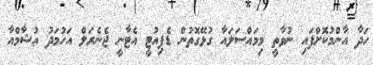
ހަދާ އާންމުކޮށްފައި ނުވާތީ މިމައްސަލައާ ގުޅޭގޮތުން ޑެޕިއުޓީ އެޓާނީ ޖެނެރަލް އަހުމަދު އުޝާމްއާ